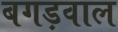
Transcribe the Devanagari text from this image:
बगड़वाल